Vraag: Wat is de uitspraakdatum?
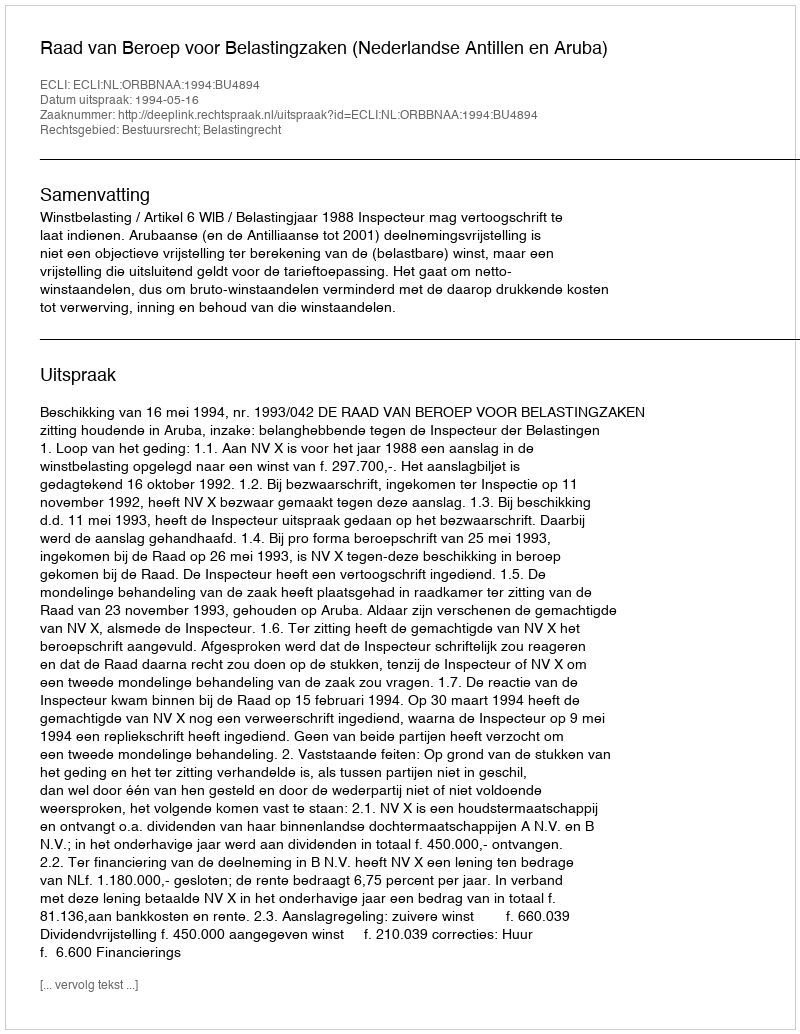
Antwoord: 1994-05-16